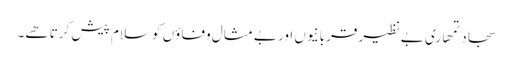
سجاد تمھاری بے نظیر قربانیوں اور بے مثال وفاؤں کو سلام پیش کرتا ھے۔